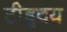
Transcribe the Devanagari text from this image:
टीहृदय